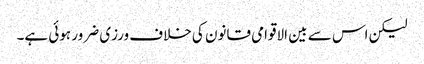
لیکن اس سے بین الاقوامی قانون کی خلاف ورزی ضرور ہوئی ہے۔